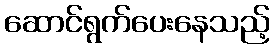
ဆောင်ရွက်ပေးနေသည့်